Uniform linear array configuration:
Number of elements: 32
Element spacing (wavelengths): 1
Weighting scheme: uniform
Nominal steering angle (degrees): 0
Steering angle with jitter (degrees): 0.466
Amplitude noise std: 0.05
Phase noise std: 0.05

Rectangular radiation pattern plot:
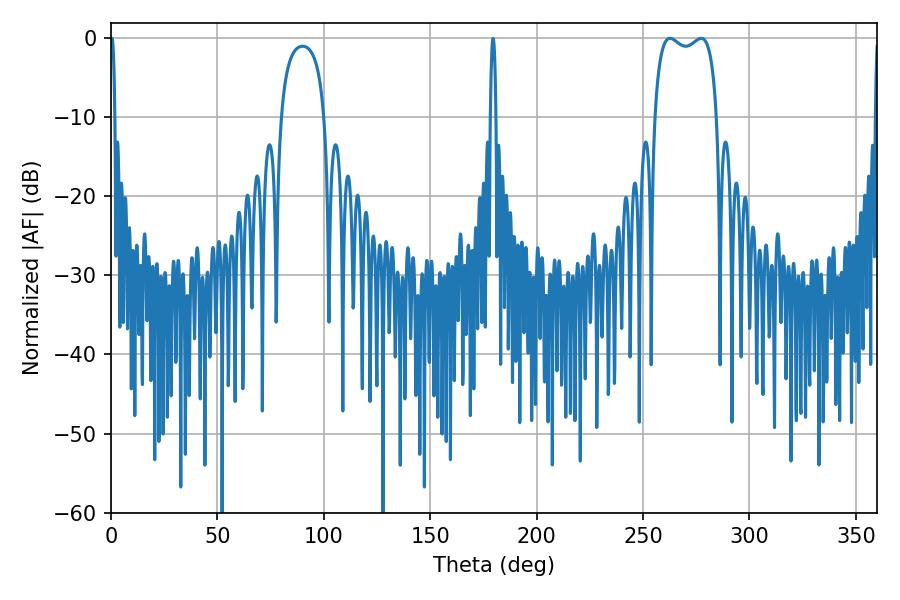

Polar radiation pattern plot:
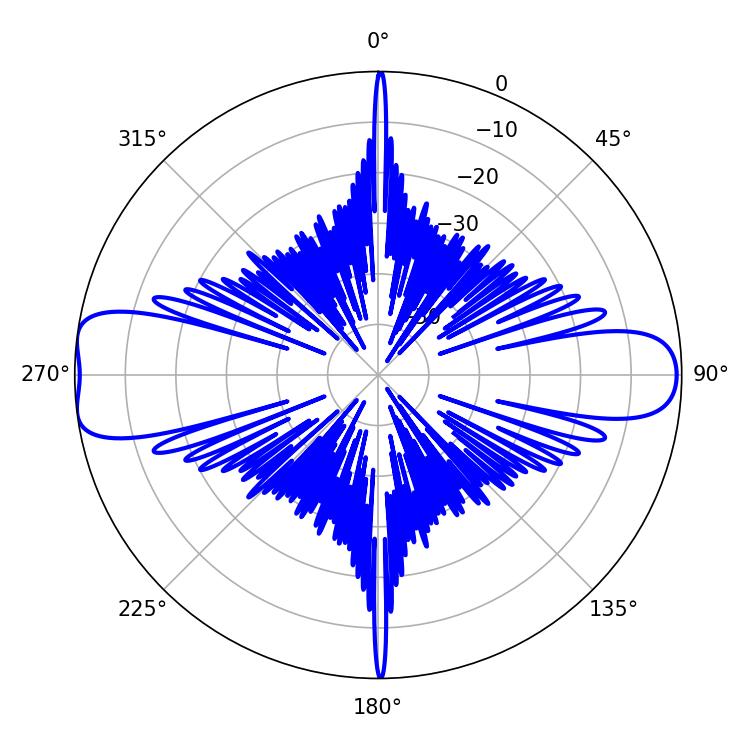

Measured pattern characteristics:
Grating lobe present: TRUE
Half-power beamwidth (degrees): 23.76
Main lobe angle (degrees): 277.38